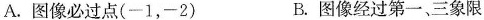
A.图像必过点(-1，-2) B.图像经过第一、三象限